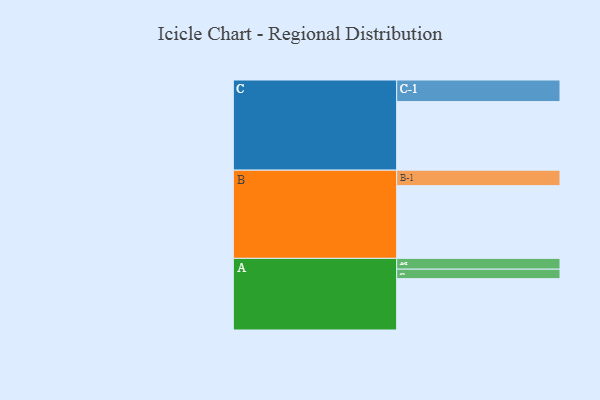
{"axis": {"x": "Segment", "y": "Value"}, "legend": ["", "A", "B", "C"], "data": [{"x": "A", "y": 385, "type": ""}, {"x": "B", "y": 545, "type": ""}, {"x": "C", "y": 514, "type": ""}, {"x": "A-1", "y": 71, "type": "A"}, {"x": "A-2", "y": 81, "type": "A"}, {"x": "B-1", "y": 116, "type": "B"}, {"x": "C-1", "y": 162, "type": "C"}]}